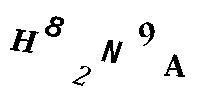
H82N9A